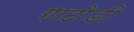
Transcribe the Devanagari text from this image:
गाठोडी